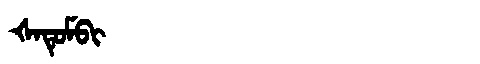
Manchu: ᡧᠠᡨᡠᠮᠪᡳ
Romanization: ŠATUMBI